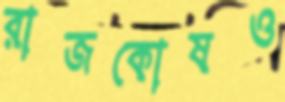
রাজকোষও